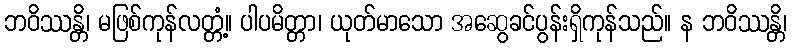
ဘဝိဿန္တိ၊ မဖြစ်ကုန်လတ္တံ့။ ပါပမိတ္တာ၊ ယုတ်မာသော အဆွေခင်ပွန်းရှိကုန်သည်။ န ဘဝိဿန္တိ၊